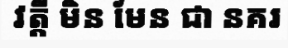
វត្តី មិន មែន ជា នគរ